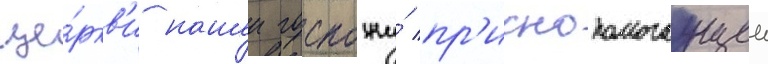
це́ркв'и нашеи госпожи́ пр'иснопомогаущеи